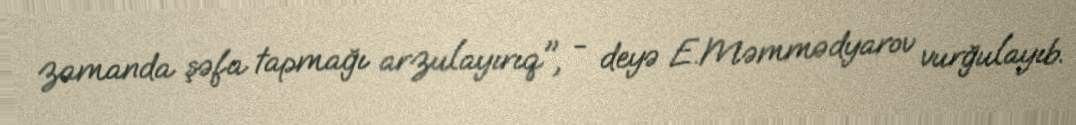
zamanda şəfa tapmağı arzulayırıq", - deyə E.Məmmədyarov vurğulayıb.